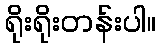
ရိုးရိုးတန်းပါ။